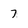
Character: 7